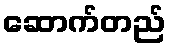
ဆောက်တည်